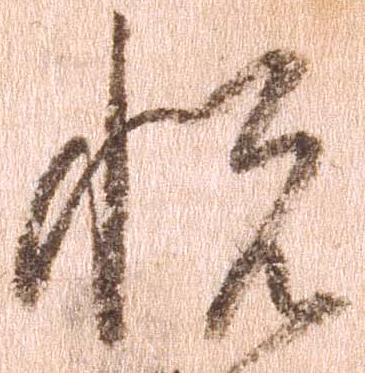
悦